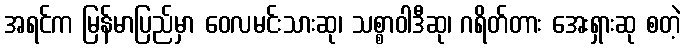
အရင်က မြန်မာပြည်မှာ ဝေလမင်းသားဆု၊ သစ္စာဝါဒီဆု၊ ဂရိတ်တား အေးရှားဆု စတဲ့